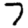
Digit: 7